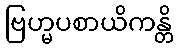
ဗြဟ္မပစာယိကန္တိ